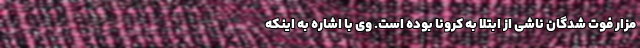
مزار فوت شدگان ناشی از ابتلا به کرونا بوده است. وی با اشاره به اینکه